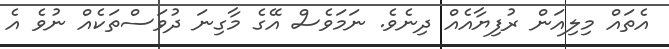
އެތައް މިލިއަން ރުފިޔާއެއް ދިނެވެ. ނަމަވެސް އޭގެ މާގިނަ ދުވަސްތަކެއް ނުވެ އެ